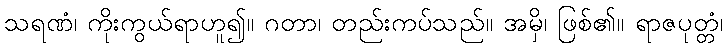
သရဏံ၊ ကိုးကွယ်ရာဟူ၍။ ဂတာ၊ တည်းကပ်သည်။ အမှိ၊ ဖြစ်၏။ ရာဇပုတ္တံ၊